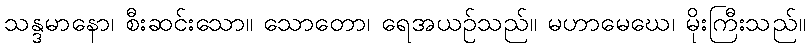
သန္ဒမာနော၊ စီးဆင်းသော။ သောတော၊ ရေအယဉ်သည်။ မဟာမေဃေ၊ မိုးကြီးသည်။